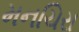
મનચિરા